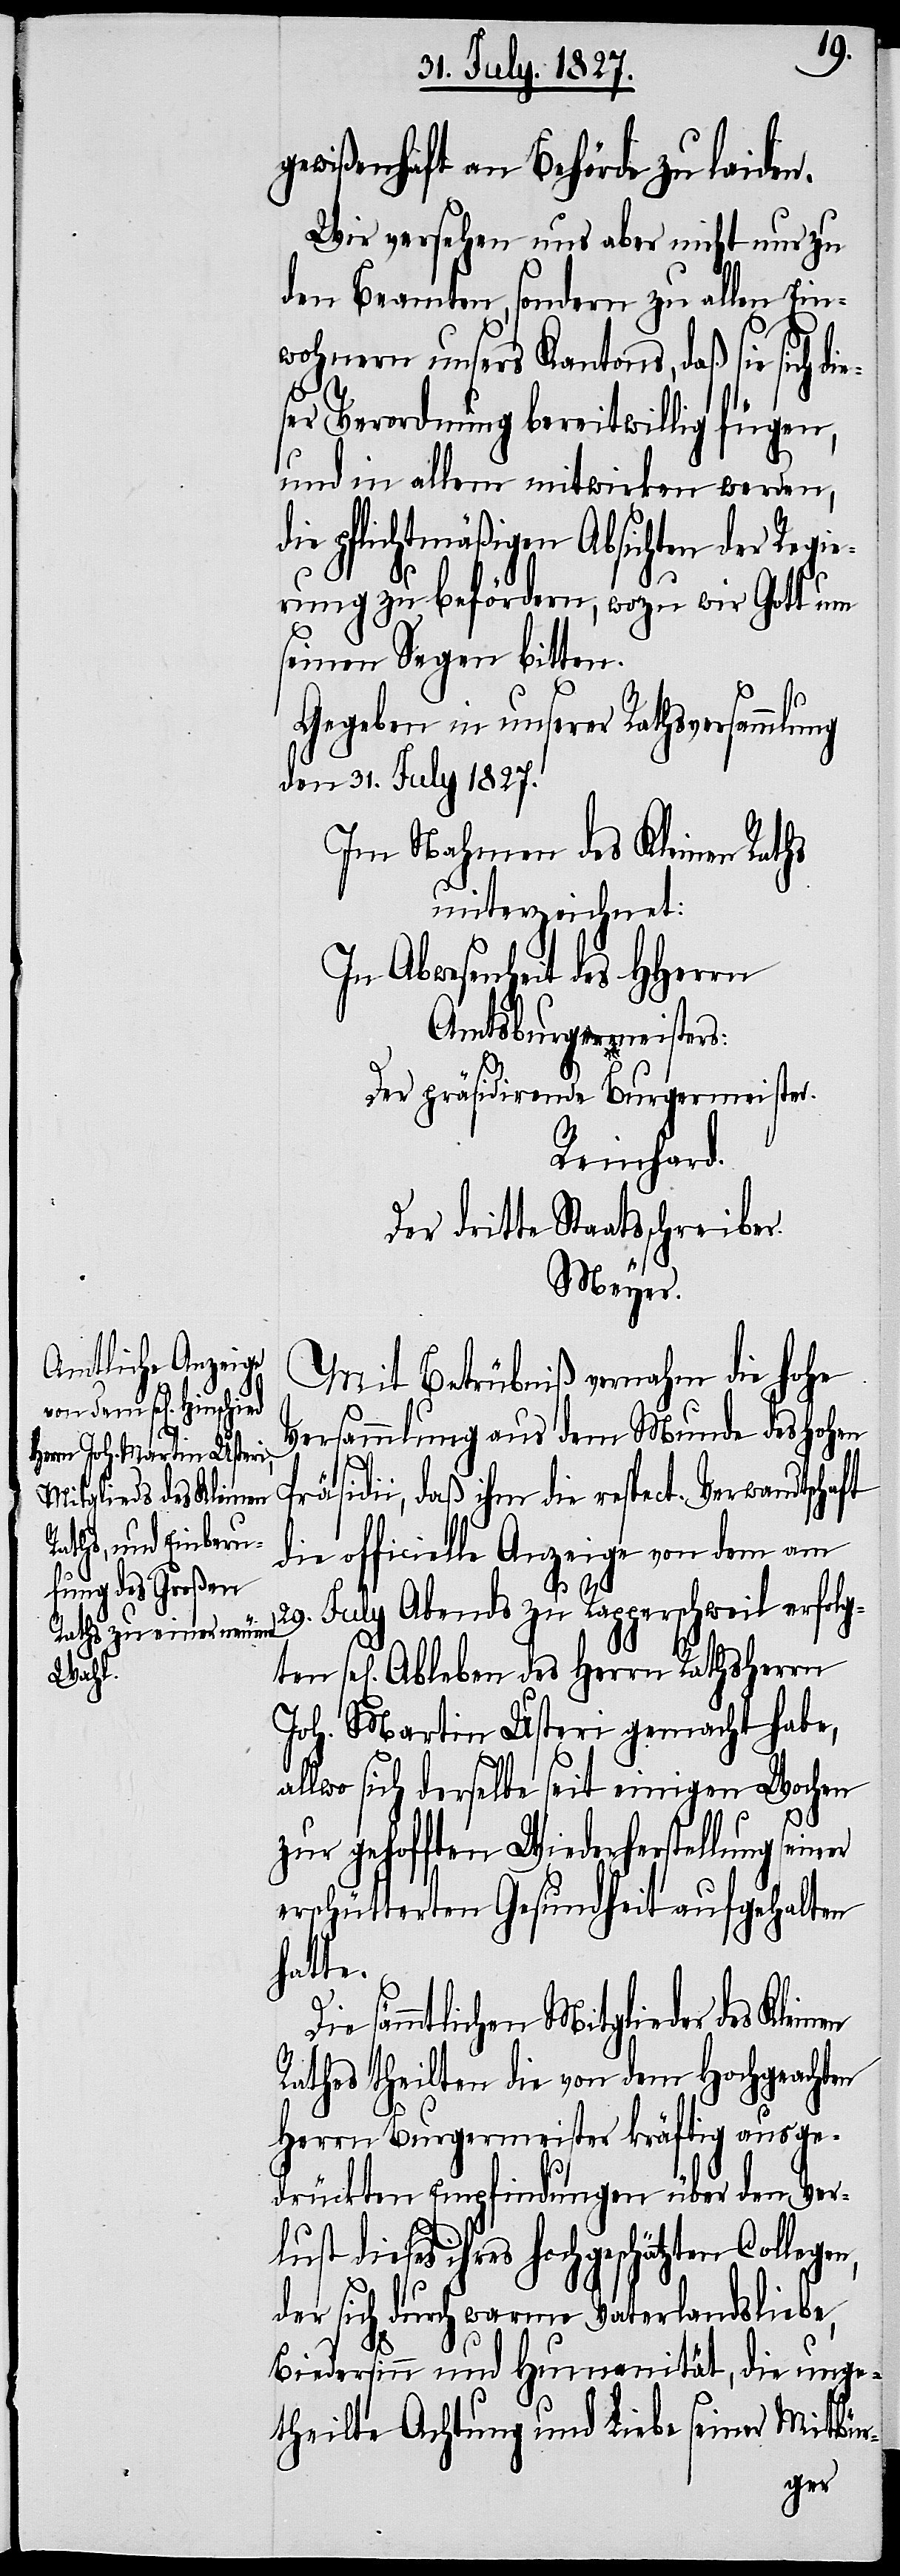
gewißenhaft an Behörde zu laiden.
Wir versehen uns aber nicht nur zu
den Beamten, sondern zu allen Ein¬
wohnern unsers Kantons, daß sie sich d¬
ft
ser Verordnung bereitwillig fügen,
und in allem mitwirken werden,
die pflichtmäßigen Absichten der Regie¬
rung zu befördern, wozu wir Gott um
seinen Segen bitten.
Gegeben in unserer Rathsversammlung
den 31. July 1827.
Im Nahmen des Kleinen Rathes
unterzeichnet:
In Abwesenheit des HHerrn
Amtsburgermeisters:
Der präsidirende Burgermeister.
Reinhard.
Der dritte Staatsschreiber.
Meyer.
Mit Betrübniß vernahm die hohe
Versammlung aus dem Munde des Hohen
räsidii, daß ihm die respect. Verwandtscha¬
die officielle Anzeige von dem am
iner
29. July Abends zu Rapperschweil erfolg¬
sel[igen] Ableben des Herrn Rathsherrn
Joh. Martin Usteri gemacht habe,
allwo sich derselbe seit einigen Wochen
zur gehofften Wiederherstellung se¬
erschütterten Gesundheit aufgehalten
hatte.
Die sämmtlichen Mitglieder des Kleinen
Rathes theilten die von dem Hochgeachten
Herrn Burgermeister kräftig ausge¬
drückten Empfindungen über den Verl¬
ust dieses ihres hochgeschätzten Colle¬
der sich durch warme Vaterlandsliebe,
Biedersinn und Humanität, die unge¬
theilte Achtung und Liebe seiner Mitbür-
gen,